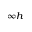
_ { \infty h }